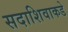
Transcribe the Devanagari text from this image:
सदाशिवाकडे